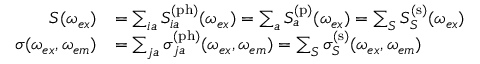
\begin{array} { r l } { S ( \omega _ { e x } ) } & { = \sum _ { i a } S _ { i a } ^ { \mathrm { ( p h ) } } ( \omega _ { e x } ) = \sum _ { a } S _ { a } ^ { \mathrm { ( p ) } } ( \omega _ { e x } ) = \sum _ { S } S _ { S } ^ { \mathrm { ( s ) } } ( \omega _ { e x } ) } \\ { \sigma ( \omega _ { e x } , \omega _ { e m } ) } & { = \sum _ { j a } \sigma _ { j a } ^ { \mathrm { ( p h ) } } ( \omega _ { e x } , \omega _ { e m } ) = \sum _ { S } \sigma _ { S } ^ { \mathrm { ( s ) } } ( \omega _ { e x } , \omega _ { e m } ) } \end{array}